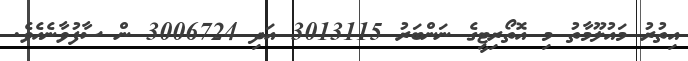
އިތުރު މައުލޫމާތު މި އޮތޯރިޓީގެ ނަންބަރު 3013115 އަދި 3006724 ން ސާފުވާނެއެވެ.